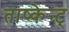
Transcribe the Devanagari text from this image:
ताष्केन्ट्